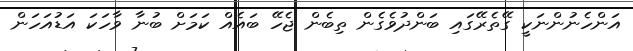
އަންހެނުންނަކީ ގޭތެރޭގައި ބަންދުވެގެން ތިބެން ޖެހޭ ބައެއް ކަމަށް ބުނާ ވާހަކަ އަޑުއަހަން